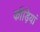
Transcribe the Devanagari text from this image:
कौड़ियां